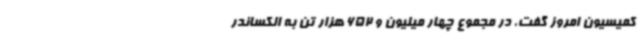
کمیسیون امروز گفت، در مجموع چهار میلیون و 652 هزار تن به الکساندر